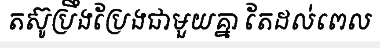
តស៊ូប្រឹងប្រែងជាមួយគ្នា តែដល់ពេល